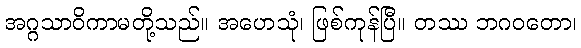
အဂ္ဂသာဝိကာမတို့သည်။ အဟေသုံ၊ ဖြစ်ကုန်ပြီ။ တဿ ဘဂဝတော၊